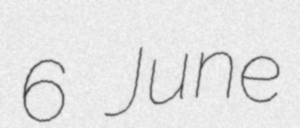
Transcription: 6 June